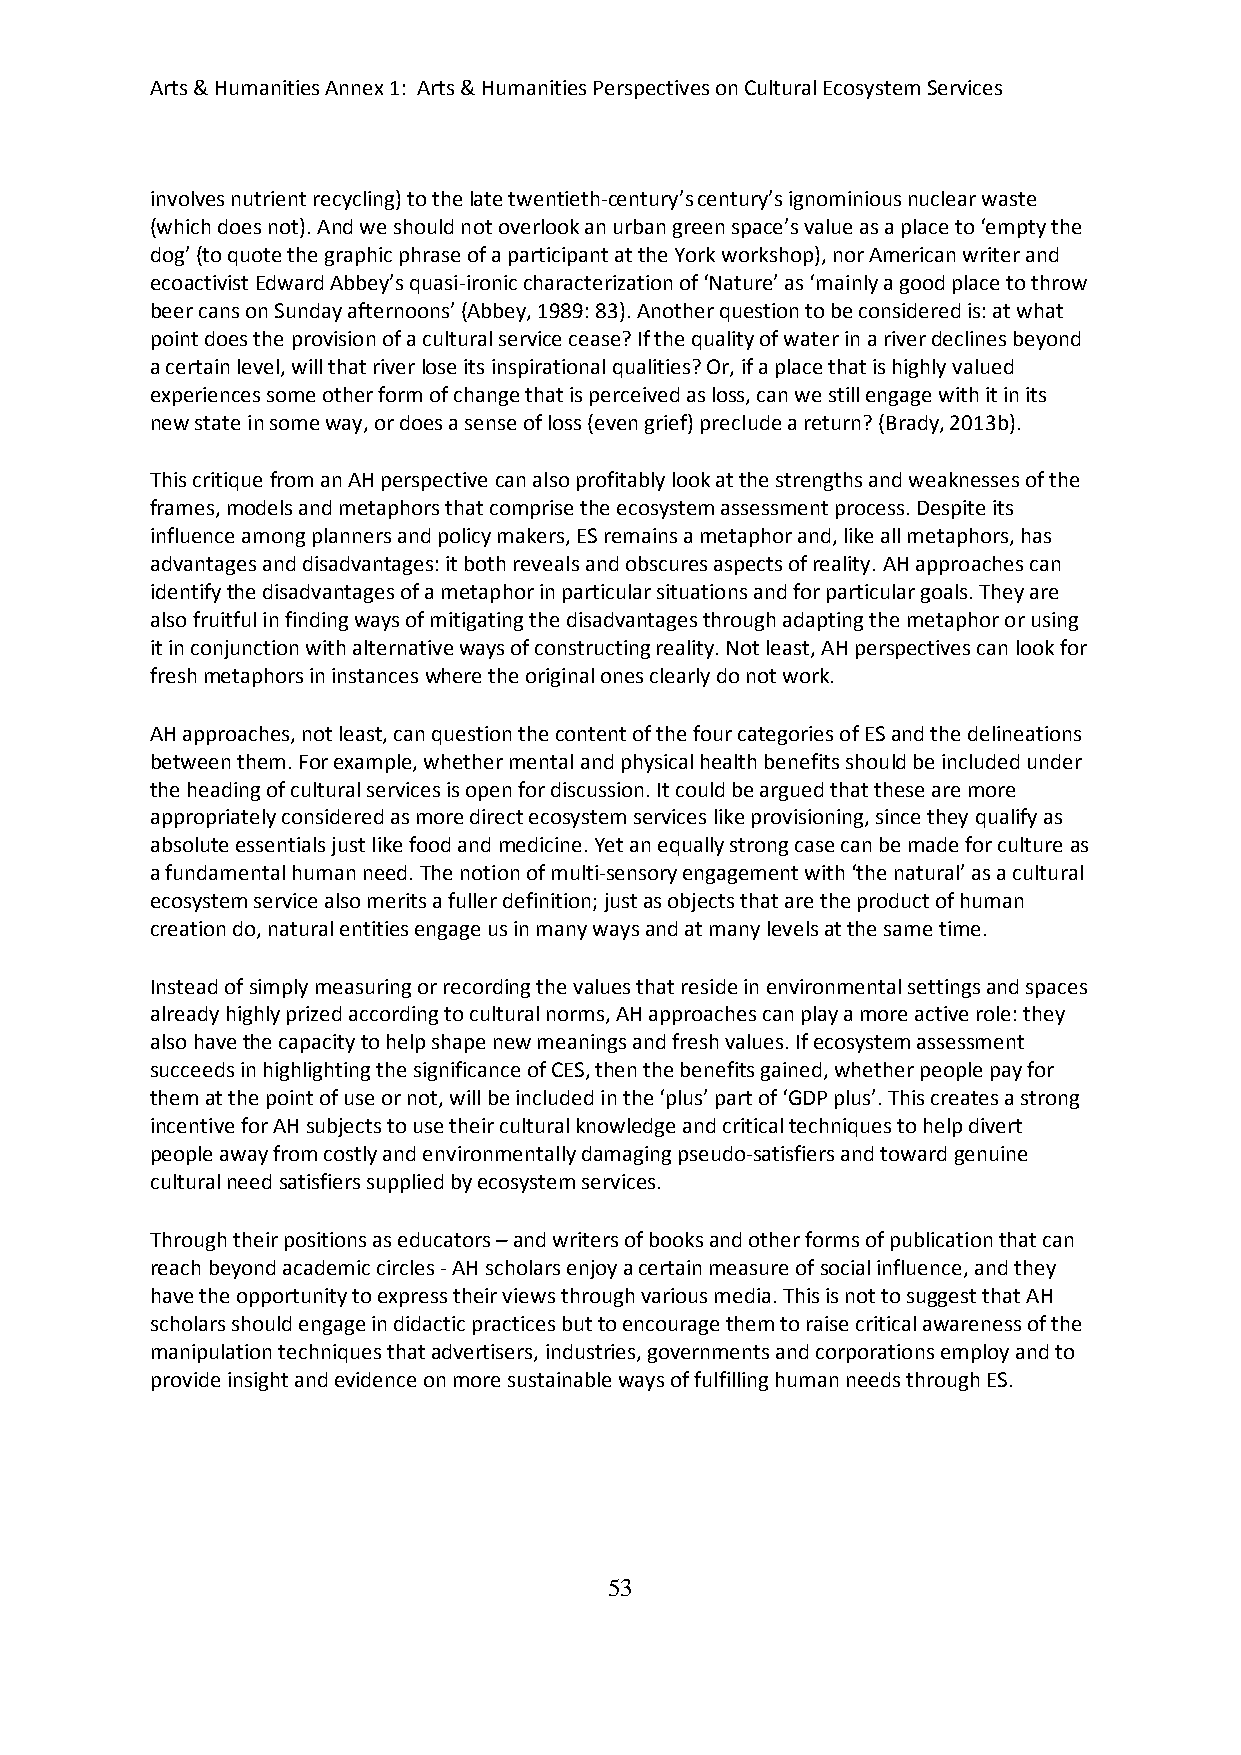
Arts & Humanities Annex 1: Arts & Humanities Perspectives on Cultural Ecosystem Services
 involves nutrient recycling) to the late twentieth-century’s century’s ignominious nuclear waste
 (which does not). And we should not overlook an urban green space’s value as a place to ‘empty the
 dog’ (to quote the graphic phrase of a participant at the York workshop), nor American writer and
 ecoactivist Edward Abbey’s quasi-ironic characterization of ‘Nature’ as ‘mainly a good place to throw
 beer cans on Sunday afternoons’ (Abbey, 1989: 83). Another question to be considered is: at what
 point does the provision of a cultural service cease? If the quality of water in a river declines beyond
 a certain level, will that river lose its inspirational qualities? Or, if a place that is highly valued
 experiences some other form of change that is perceived as loss, can we still engage with it in its
 new state in some way, or does a sense of loss (even grief) preclude a return? (Brady, 2013b).
 This critique from an AH perspective can also profitably look at the strengths and weaknesses of the
 frames, models and metaphors that comprise the ecosystem assessment process. Despite its
 influence among planners and policy makers, ES remains a metaphor and, like all metaphors, has
 advantages and disadvantages: it both reveals and obscures aspects of reality. AH approaches can
 identify the disadvantages of a metaphor in particular situations and for particular goals. They are
 also fruitful in finding ways of mitigating the disadvantages through adapting the metaphor or using
 it in conjunction with alternative ways of constructing reality. Not least, AH perspectives can look for
 fresh metaphors in instances where the original ones clearly do not work.
 AH approaches, not least, can question the content of the four categories of ES and the delineations
 between them. For example, whether mental and physical health benefits should be included under
 the heading of cultural services is open for discussion. It could be argued that these are more
 appropriately considered as more direct ecosystem services like provisioning, since they qualify as
 absolute essentials just like food and medicine. Yet an equally strong case can be made for culture as
 a fundamental human need. The notion of multi-sensory engagement with ‘the natural’ as a cultural
 ecosystem service also merits a fuller definition; just as objects that are the product of human
 creation do, natural entities engage us in many ways and at many levels at the same time.
 Instead of simply measuring or recording the values that reside in environmental settings and spaces
 already highly prized according to cultural norms, AH approaches can play a more active role: they
 also have the capacity to help shape new meanings and fresh values. If ecosystem assessment
 succeeds in highlighting the significance of CES, then the benefits gained, whether people pay for
 them at the point of use or not, will be included in the ‘plus’ part of ‘GDP plus’. This creates a strong
 incentive for AH subjects to use their cultural knowledge and critical techniques to help divert
 people away from costly and environmentally damaging pseudo-satisfiers and toward genuine
 cultural need satisfiers supplied by ecosystem services.
 Through their positions as educators – and writers of books and other forms of publication that can
 reach beyond academic circles - AH scholars enjoy a certain measure of social influence, and they
 have the opportunity to express their views through various media. This is not to suggest that AH
 scholars should engage in didactic practices but to encourage them to raise critical awareness of the
 manipulation techniques that advertisers, industries, governments and corporations employ and to
 provide insight and evidence on more sustainable ways of fulfilling human needs through ES.
 53